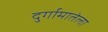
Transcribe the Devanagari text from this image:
दुर्गामातेला